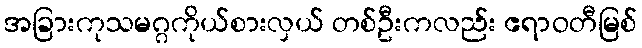
အခြားကုသမဂ္ဂကိုယ်စားလှယ် တစ်ဦးကလည်း ဧရာဝတီမြစ်